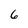
Character: 6